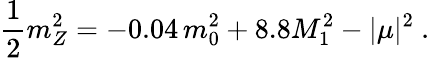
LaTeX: \frac{1}{2}m_{Z}^{2}=-0.04\, m_{0}^{2}+8.8M_{1}^{2}-|\mu|^{2}\ .